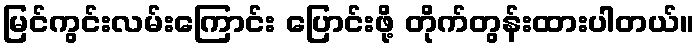
မြင်ကွင်းလမ်းကြောင်း ပြောင်းဖို့ တိုက်တွန်းထားပါတယ်။